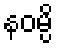
နဝမ္ပိ